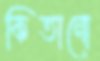
কিতানো